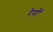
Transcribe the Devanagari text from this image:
रेनों